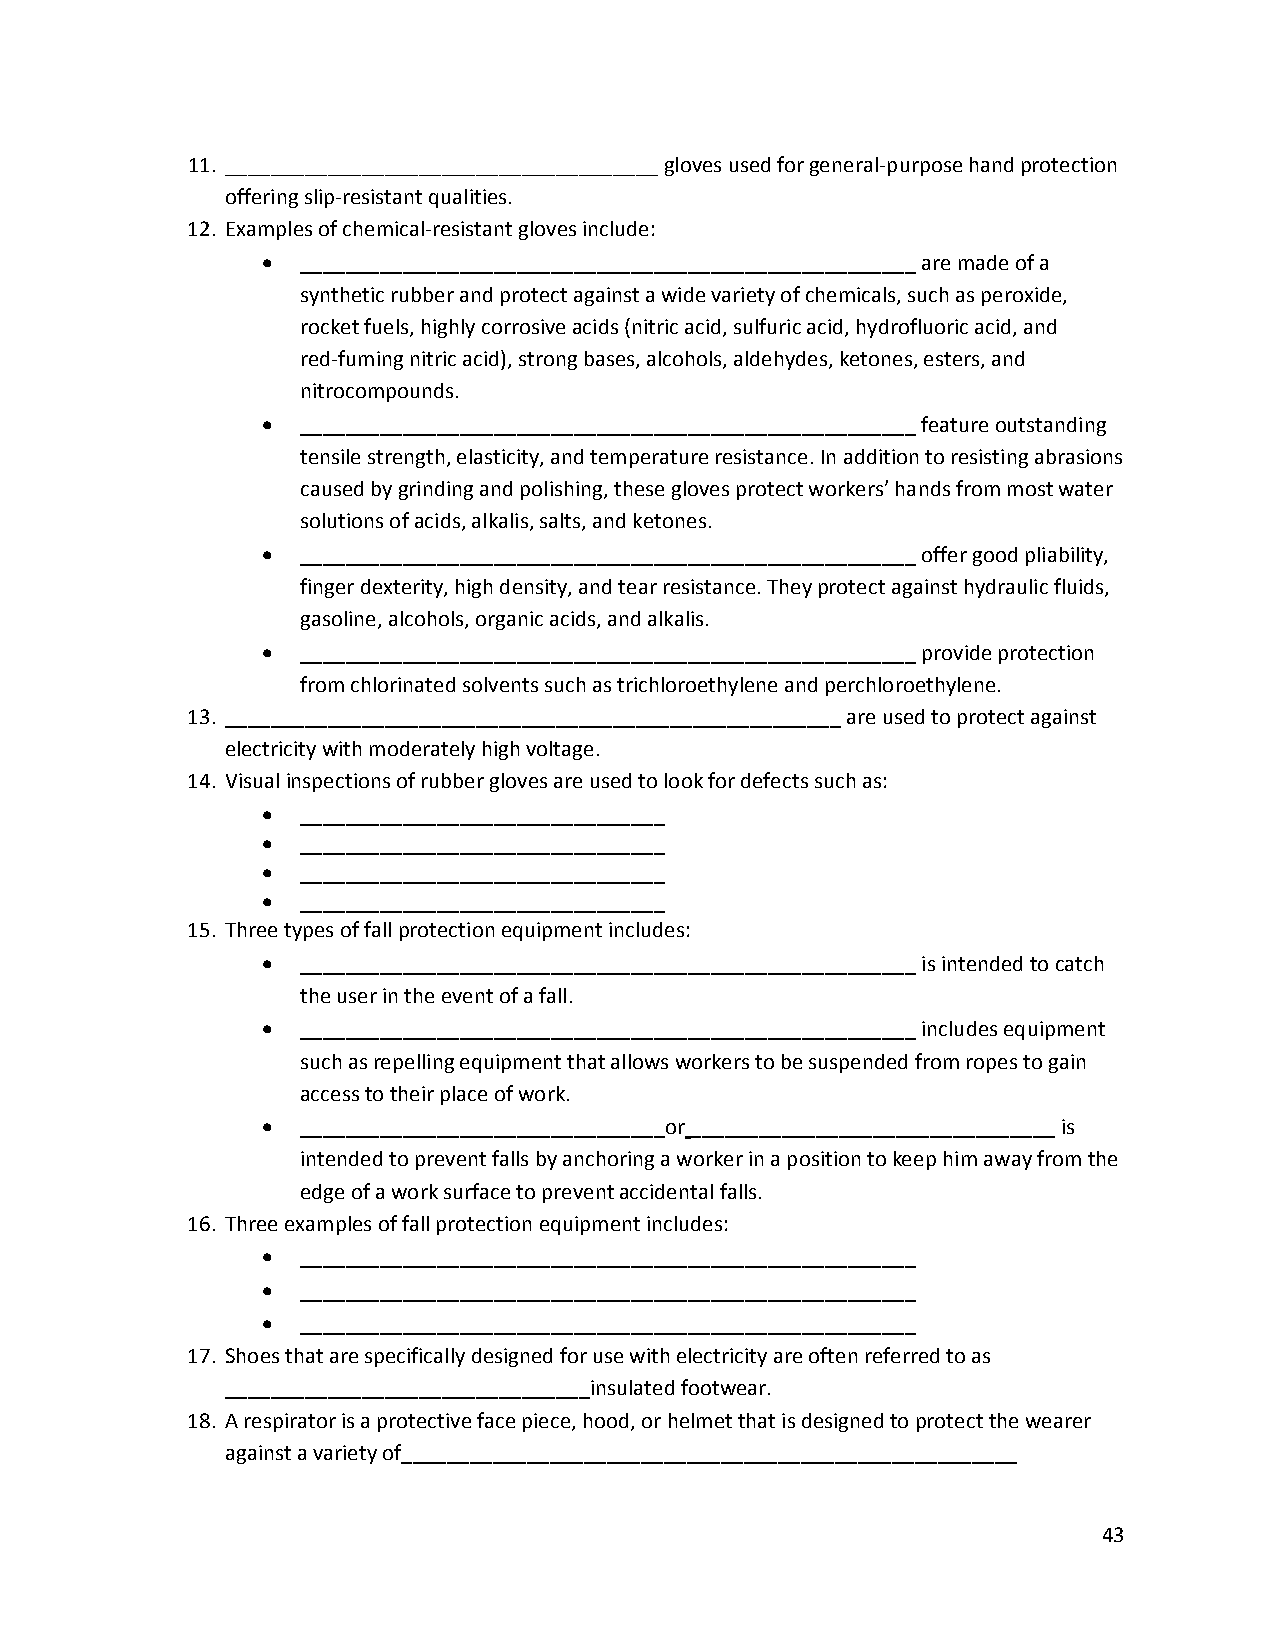
11. ______________________________________ gloves used for general‐purpose hand protection
 offering slip‐resistant qualities.
 12. Examples of chemical‐resistant gloves include:
 •  ______________________________________________________ are made of a
 synthetic rubber and protect against a wide variety of chemicals, such as peroxide,
 rocket fuels, highly corrosive acids (nitric acid, sulfuric acid, hydrofluoric acid, and
 red‐fuming nitric acid), strong bases, alcohols, aldehydes, ketones, esters, and
 nitrocompounds.
 •  ______________________________________________________ feature outstanding
 tensile strength, elasticity, and temperature resistance. In addition to resisting abrasions
 caused by grinding and polishing, these gloves protect workers’ hands from most water
 solutions of acids, alkalis, salts, and ketones.
 •  ______________________________________________________ offer good pliability,
 finger dexterity, high density, and tear resistance. They protect against hydraulic fluids,
 gasoline, alcohols, organic acids, and alkalis.
 •  ______________________________________________________ provide protection
 from chlorinated solvents such as trichloroethylene and perchloroethylene.
 13. ______________________________________________________ are used to protect against
 electricity with moderately high voltage.
 14. Visual inspections of rubber gloves are used to look for defects such as:
 •  ________________________________
 •  ________________________________
 •  ________________________________
 •  ________________________________
 15. Three types of fall protection equipment includes:
 •  ______________________________________________________ is intended to catch
 the user in the event of a fall.
 •  ______________________________________________________ includes equipment
 such as repelling equipment that allows workers to be suspended from ropes to gain
 access to their place of work.
 •  ________________________________or ________________________________ is
 intended to prevent falls by anchoring a worker in a position to keep him away from the
 edge of a work surface to prevent accidental falls.
 16. Three examples of fall protection equipment includes:
 •  ______________________________________________________
 •  ______________________________________________________
 •  ______________________________________________________
 17. Shoes that are specifically designed for use with electricity are often referred to as
 ________________________________insulated footwear.
 18. A respirator is a protective face piece, hood, or helmet that is designed to protect the wearer
 against a variety of______________________________________________________
 43